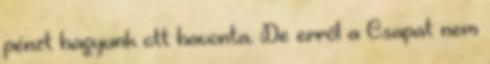
pénzt hagyunk ott havonta. De erről a Csapat nem